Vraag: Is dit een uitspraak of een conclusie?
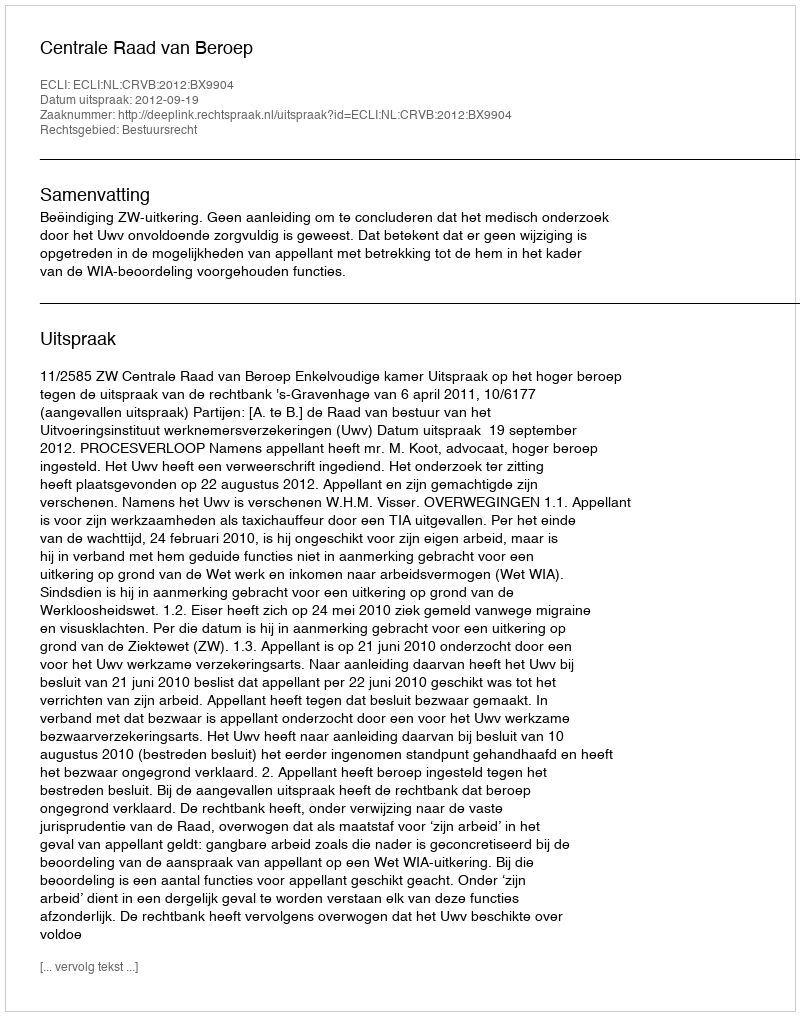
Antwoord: Uitspraak